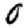
Digit: 0